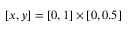
[ x , y ] = [ 0 , 1 ] \times [ 0 , 0 . 5 ]